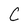
Character: C